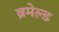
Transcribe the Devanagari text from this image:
ब्रमेल्ड